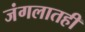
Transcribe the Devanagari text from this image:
जंगलातही